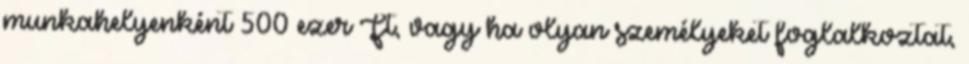
munkahelyenként 500 ezer Ft, vagy ha olyan személyeket foglalkoztat,